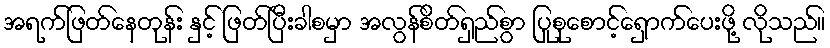
အရက်ဖြတ်နေတုန်း နှင့် ဖြတ်ပြီးခါစမှာ အလွန်စိတ်ရှည်စွာ ပြုစုစောင့်ရှောက်ပေးဖို့ လိုသည်။